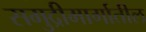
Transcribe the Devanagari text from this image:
समुद्रीमार्गातील